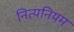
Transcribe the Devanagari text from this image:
नित्यनियम